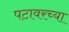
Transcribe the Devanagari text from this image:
पटावरच्या